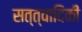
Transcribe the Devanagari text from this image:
सत्त्वादिकीं